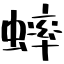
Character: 蟀